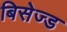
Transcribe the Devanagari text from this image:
बिसेज्ड